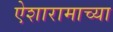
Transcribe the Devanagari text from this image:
ऐशारामाच्या